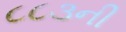
૮૮૩ની